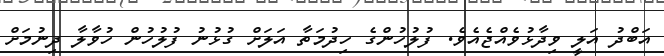
އަބްދު އަލީ ވިދާޅުވެއްޖެއެވެ. ފުލުހުންގެ ހިދުމަތާ އަލަށް ގުޅުނު ފުލުހުން ހުވާލާ ދިނުމަށް